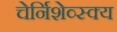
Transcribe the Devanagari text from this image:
चेर्निशेव्स्क्य